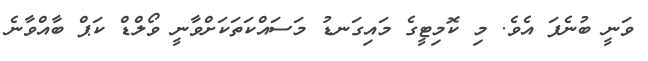
ވަނީ ބުނެފަ އެވެ. މި ކޮމިޓީގެ މައިގަނޑު މަސައްކަތަކަށްވާނީ ވޯލްޑް ކަޕް ބާއްވާނެ